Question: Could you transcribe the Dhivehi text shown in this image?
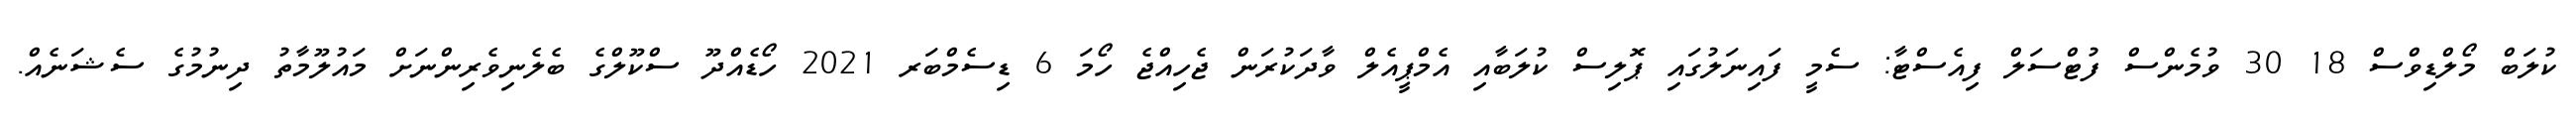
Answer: ކުލަބް މޯލްޑިވްސް 18 30 ވުމެންސް ފުޓްސަލް ފިއެސްޓާ: ސެމީ ފައިނަލުގައި ޕޮލިސް ކުލަބާއި އެމްޕީއެލް ވާދަކުރަން ޖެހިއްޖެ ހޯމަ 6 ޑިސެމްބަރ 2021 ހޯޑެއްދޫ ސްކޫލްގެ ބެލެނިވެރިންނަށް މައުލޫމާތު ދިނުމުގެ ސެޝަނެއް.